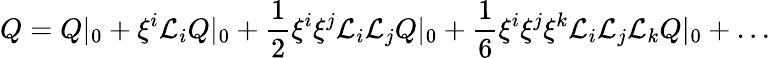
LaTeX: Q=Q|_{0}+\xi^{i}{\cal L}_{i}Q|_{0}+\frac 12\xi^{i}\xi^{j}{\cal L}_{i}{\cal L}_{j}Q|_{0}+\frac 16\xi^{i}\xi^{j}\xi^{k}{\cal L}_{i}{\cal L}_{j}{\cal L}_{k}Q|_{0}+\ldots